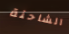
الشاحنة